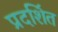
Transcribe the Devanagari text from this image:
प्रदशि॔त